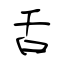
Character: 舌